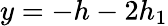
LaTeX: y=-h-2h_{1}